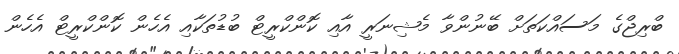
ބްރިޖްގެ މަސައްކަތަށް ބޭނުންވާ މެޝިނަރީ އާއި ކޮންކްރީޓް ބުޑުތަކާއި އެހެން ކޮންކްރީޓް އެހެން